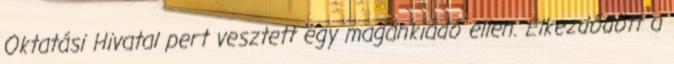
Oktatási Hivatal pert vesztett egy magánkiadó ellen. Elkezdődött a